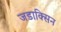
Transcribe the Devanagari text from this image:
जडाक्सिन